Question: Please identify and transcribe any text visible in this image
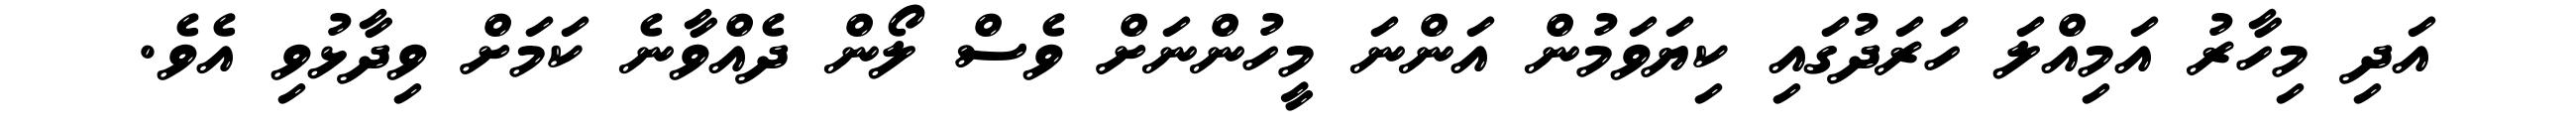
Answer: އަދި މިހާރު އަމިއްލަ ހަރަދުގައި ކިޔަވަމުން އަންނަ މީހުންނަށް ވެސް ލޯން ދެއްވާނެ ކަމަށް ވިދާޅުވި އެވެ.